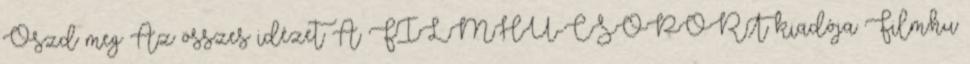
Oszd meg Az összes idézet A FILMHU-CSOPORT kiadója Film.hu